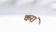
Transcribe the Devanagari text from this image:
करां